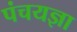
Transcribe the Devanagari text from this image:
पंचयज्ञा